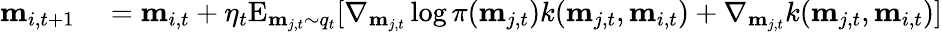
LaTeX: \begin{array}{rl}{\mathbf{m}_{i,t+1}}&{{}=\mathbf{m}_{i,t}+\eta_{t}\mathrm{E}_{\mathbf{m}_{j,t}\sim q_{t}}[\nabla_{\mathbf{m}_{j,t}}\log\pi(\mathbf{m}_{j,t})k(\mathbf{m}_{j,t},\mathbf{m}_{i,t})+\nabla_{\mathbf{m}_{j,t}}k(\mathbf{m}_{j,t},\mathbf{m}_{i,t})]}\end{array}